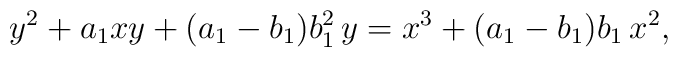
y^2 + a_1xy +(a_1 - b_1)b_1^2\,y = x^3 + (a_1 - b_1)b_1\,x^2,